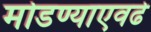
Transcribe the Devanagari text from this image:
मोडण्याएवढे